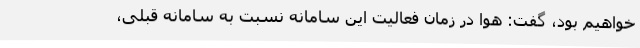
خواهیم بود، گفت: هوا در زمان فعالیت این سامانه نسبت به سامانه قبلی،